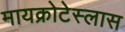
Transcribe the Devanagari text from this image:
मायक्रोटेस्लास